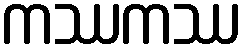
ကဿကဿ